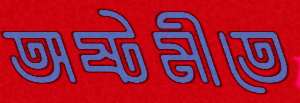
অষ্টমীতে